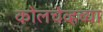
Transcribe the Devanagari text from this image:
कोलचेव्हच्या